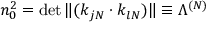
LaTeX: n _ { 0 } ^ { 2 } = \operatorname * { d e t } \| ( k _ { j N } \cdot k _ { l N } ) \| \equiv \Lambda ^ { ( N ) }